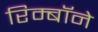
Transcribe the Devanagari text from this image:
रिम्बॉने